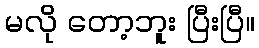
မလို တော့ဘူး ပြီးပြီ။